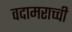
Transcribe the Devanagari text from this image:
वदामराच्ची